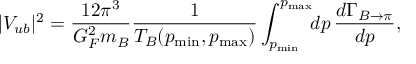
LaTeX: | V _ { u b } | ^ { 2 } = \frac { 1 2 \pi ^ { 3 } } { G _ { F } ^ { 2 } m _ { B } } \frac { 1 } { T _ { B } ( p _ { \mathrm { m i n } } , p _ { \mathrm { m a x } } ) } \int _ { p _ { \mathrm { m i n } } } ^ { p _ { \mathrm { m a x } } } \! \! d p \, \frac { d \Gamma _ { B \to \pi } } { d p } ,